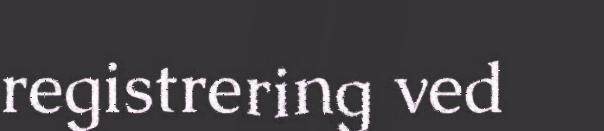
registrering ved